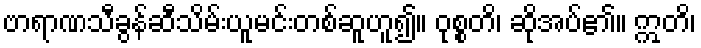
ဗာရာဏသီခွန်ဆီသိမ်းယူမင်းတစ်ဆူဟူ၍။ ဝုစ္စတိ၊ ဆိုအပ်၏။ ဣတိ၊